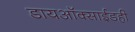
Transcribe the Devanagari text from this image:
डायऑक्साईडही